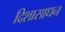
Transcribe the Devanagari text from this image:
दिशासाधन